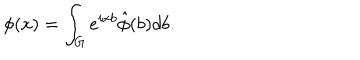
\phi ( x ) = \int _ { G } e ^ { i x b } \hat { \phi } ( b ) d b .